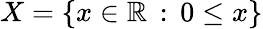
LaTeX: X=\{ x\in\mathbb{R}\, :\, 0\leq x\}